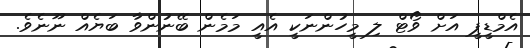
އެމްޑީޕީ އަށް ވޯޓް ލި މީހުންނަކީ އެއީ މަމެން ބޭނުންވާ ބަޔެއް ނޫނެވެ.